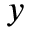
y